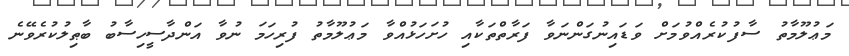
މަޢުލޫމާތު ސާފުކުރެއްވުމަށް ވަޑައިނުގަންނަވާ ފަރާތްތަކާއި ހުށަހަޅުއްވާ މަޢުލޫމާތު ފުރިހަމަ ނުވާ އަންދާސީހިސާބު ބާޠިލުކުރެވޭނެ